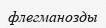
флегманозды